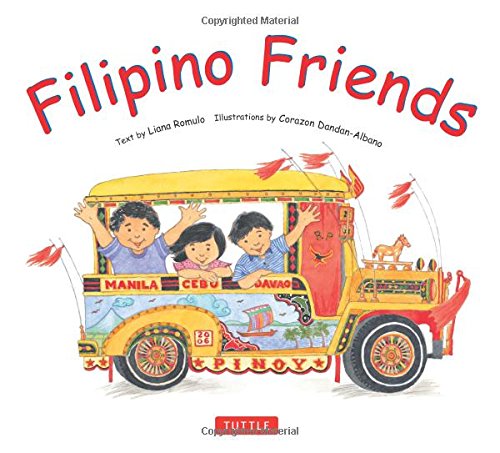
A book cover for Filipino Friends; Liana Romulo; Children's Books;